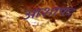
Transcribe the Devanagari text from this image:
आशापद